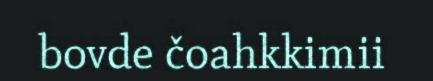
bovde čoahkkimii